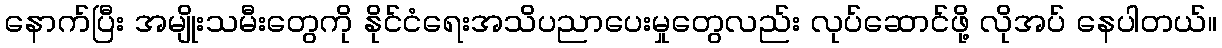
နောက်ပြီး အမျိုးသမီးတွေကို နိုင်ငံရေးအသိပညာပေးမှုတွေလည်း လုပ်ဆောင်ဖို့ လိုအပ် နေပါတယ်။